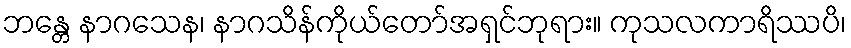
ဘန္တေ နာဂသေန၊ နာဂသိန်ကိုယ်တော်အရှင်ဘုရား။ ကုသလကာရိဿပိ၊